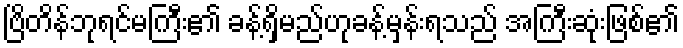
ဗြိတိန်ဘုရင်မကြီး၏ ခန့်ရှိမည်ဟုခန့်မှန်းရသည် အကြီးဆုံးဖြစ်၏